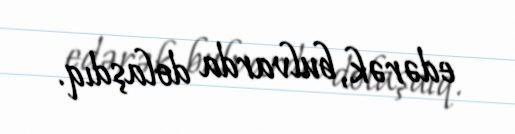
edərək, bulvarda dolaşdıq.